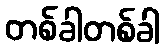
တစ်ခါတစ်ခါ